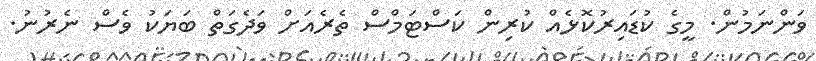
ވަންނަމުން. މީގެ ކުޑައިރުކޮޅެއް ކުރިން ކަސްޓަމްސް ތެރެއަށް ވަދެގަތް ބަޔަކު ވެސް ނެރުނު.